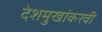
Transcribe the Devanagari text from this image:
देशमुखांकरवी